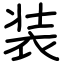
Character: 装